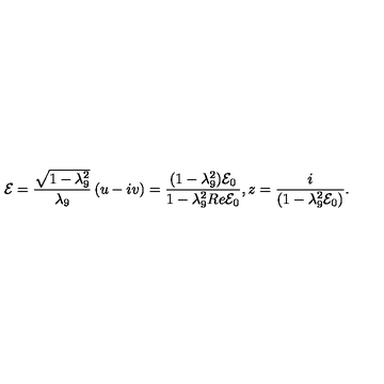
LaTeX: { \cal E } = \frac { \sqrt { 1 - \lambda _ { 9 } ^ { 2 } } } { \lambda _ { 9 } } \left( u - i v \right) = \frac { ( 1 - \lambda _ { 9 } ^ { 2 } ) { \cal E } _ { 0 } } { 1 - \lambda _ { 9 } ^ { 2 } R e { \cal E } _ { 0 } } , z = \frac { i } { \left( 1 - \lambda _ { 9 } ^ { 2 } { \cal E } _ { 0 } \right) } .